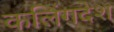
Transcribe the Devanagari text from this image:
कलिंगदेश